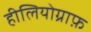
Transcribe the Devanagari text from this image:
हीलियोग्राफ़